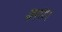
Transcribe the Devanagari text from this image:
वरण।